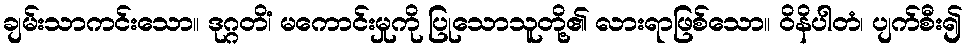
ချမ်းသာကင်းသော။ ဒုဂ္ဂတိံ၊ မကောင်းမှုကို ပြုသောသူတို့၏ လားရာဖြစ်သော။ ဝိနိပါတံ၊ ပျက်စီး၍